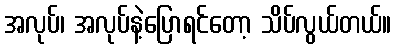
အလုပ်၊ အလုပ်နဲ့ပြောရင်တော့ သိပ်လွယ်တယ်။